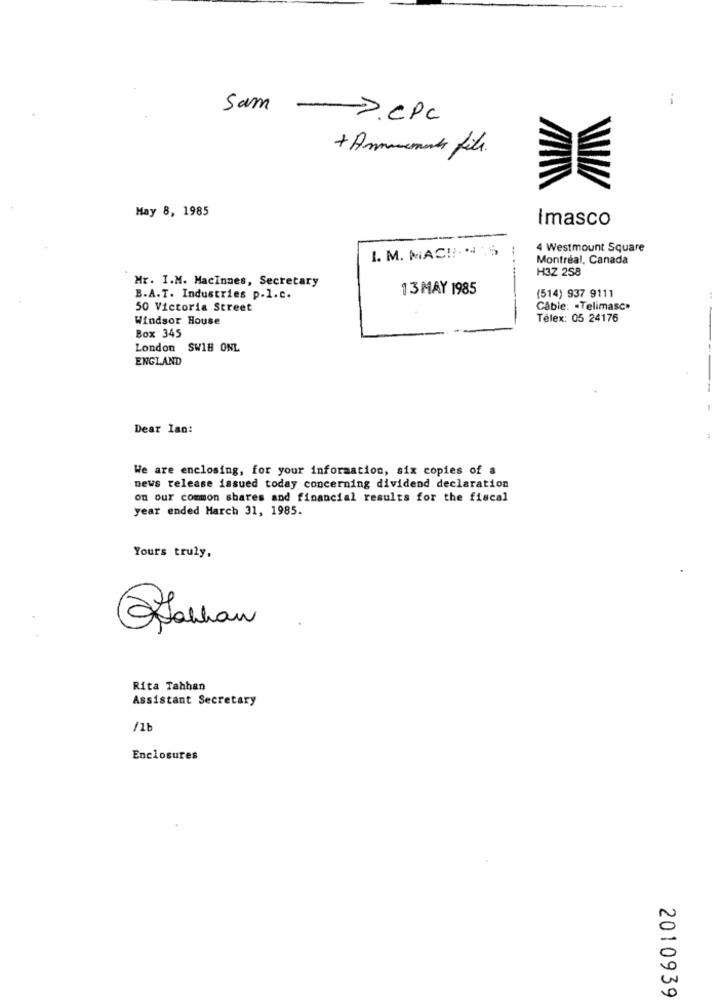
Sam -> CPc
+ Armaments file.
May 8, 1985
Imasco
I. M. MAC !!- 15
--
4 Westmount Square
Montreal, Canada
H3Z 258
Mr. I.M. Macinnes, Secretary
13 MAY 1985
B.A.T. Industries p.1.c.
(514) 937 9111
50 Victoria Street
Cable: . Telimasc»
Windsor House
Télex: 05 24176
Box 345
London SW18 ONL
ENGLAND
Dear Ian:
We are enclosing, for your information, six copies of a
news release issued today concerning dividend declaration
on our common shares and financial results for the fiscal
year ended March 31, 1985.
Yours truly,
Rita Tahhan
Assistant Secretary
/1b
Enclosures
2010939